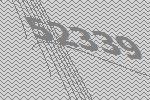
52339